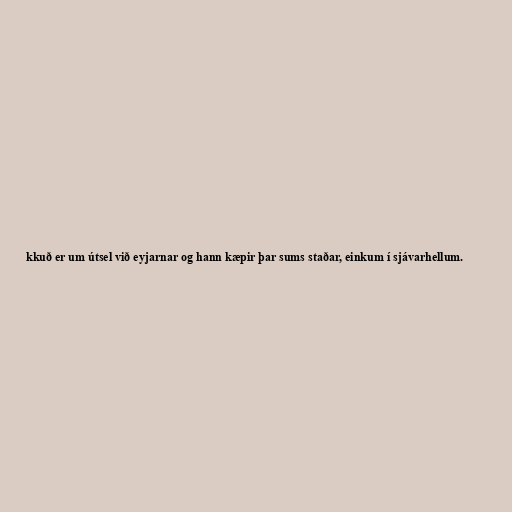
kkuð er um útsel við eyjarnar og hann kæpir þar sums staðar, einkum í sjávarhellum.